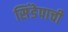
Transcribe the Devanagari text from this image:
सिंडेपाची